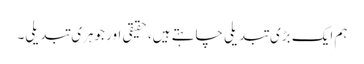
ہم ایک بڑی تبدیلی چاہتے ہیں، حقیقی اور جوہری تبدیلی۔